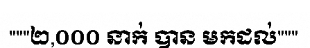
"""២,០០០ នាក់ បាន មកដល់"""